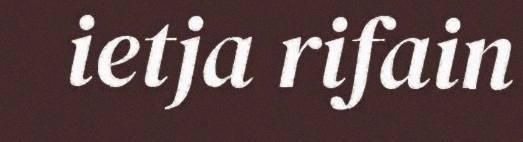
ietja rifain